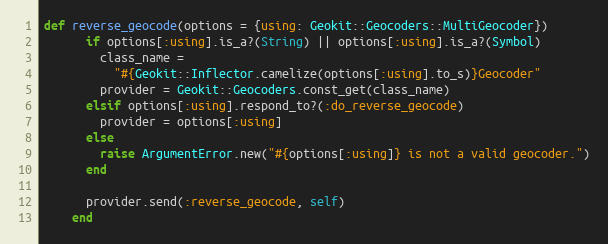
Language: Ruby
def reverse_geocode(options = {using: Geokit::Geocoders::MultiGeocoder})
      if options[:using].is_a?(String) || options[:using].is_a?(Symbol)
        class_name =
          "#{Geokit::Inflector.camelize(options[:using].to_s)}Geocoder"
        provider = Geokit::Geocoders.const_get(class_name)
      elsif options[:using].respond_to?(:do_reverse_geocode)
        provider = options[:using]
      else
        raise ArgumentError.new("#{options[:using]} is not a valid geocoder.")
      end

      provider.send(:reverse_geocode, self)
    end